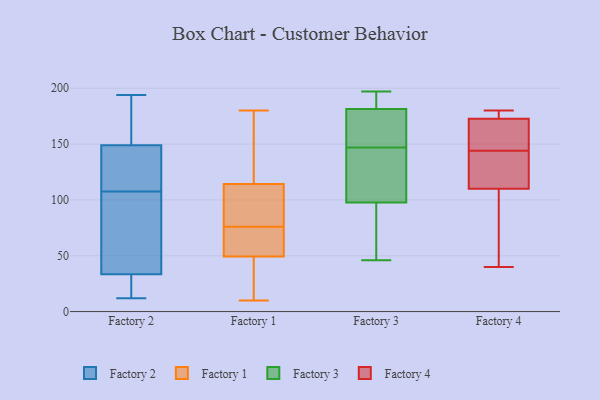
{"axis": {"x": "Website Visitors", "y": "Value"}, "legend": ["Factory 1", "Factory 2", "Factory 3", "Factory 4"], "data": [{"x": "", "y": 194, "type": "Factory 2"}, {"x": "", "y": 161, "type": "Factory 2"}, {"x": "", "y": 34, "type": "Factory 2"}, {"x": "", "y": 33, "type": "Factory 2"}, {"x": "", "y": 24, "type": "Factory 2"}, {"x": "", "y": 12, "type": "Factory 2"}, {"x": "", "y": 122, "type": "Factory 2"}, {"x": "", "y": 93, "type": "Factory 2"}, {"x": "", "y": 137, "type": "Factory 2"}, {"x": "", "y": 164, "type": "Factory 2"}, {"x": "", "y": 133, "type": "Factory 2"}, {"x": "", "y": 80, "type": "Factory 2"}, {"x": "", "y": 103, "type": "Factory 1"}, {"x": "", "y": 14, "type": "Factory 1"}, {"x": "", "y": 180, "type": "Factory 1"}, {"x": "", "y": 15, "type": "Factory 1"}, {"x": "", "y": 83, "type": "Factory 1"}, {"x": "", "y": 56, "type": "Factory 1"}, {"x": "", "y": 76, "type": "Factory 1"}, {"x": "", "y": 60, "type": "Factory 1"}, {"x": "", "y": 145, "type": "Factory 1"}, {"x": "", "y": 47, "type": "Factory 1"}, {"x": "", "y": 111, "type": "Factory 1"}, {"x": "", "y": 115, "type": "Factory 1"}, {"x": "", "y": 130, "type": "Factory 1"}, {"x": "", "y": 177, "type": "Factory 1"}, {"x": "", "y": 71, "type": "Factory 1"}, {"x": "", "y": 112, "type": "Factory 1"}, {"x": "", "y": 10, "type": "Factory 1"}, {"x": "", "y": 31, "type": "Factory 1"}, {"x": "", "y": 73, "type": "Factory 1"}, {"x": "", "y": 147, "type": "Factory 3"}, {"x": "", "y": 177, "type": "Factory 3"}, {"x": "", "y": 183, "type": "Factory 3"}, {"x": "", "y": 187, "type": "Factory 3"}, {"x": "", "y": 130, "type": "Factory 3"}, {"x": "", "y": 88, "type": "Factory 3"}, {"x": "", "y": 150, "type": "Factory 3"}, {"x": "", "y": 64, "type": "Factory 3"}, {"x": "", "y": 197, "type": "Factory 3"}, {"x": "", "y": 46, "type": "Factory 3"}, {"x": "", "y": 127, "type": "Factory 3"}, {"x": "", "y": 177, "type": "Factory 4"}, {"x": "", "y": 148, "type": "Factory 4"}, {"x": "", "y": 166, "type": "Factory 4"}, {"x": "", "y": 116, "type": "Factory 4"}, {"x": "", "y": 80, "type": "Factory 4"}, {"x": "", "y": 123, "type": "Factory 4"}, {"x": "", "y": 144, "type": "Factory 4"}, {"x": "", "y": 180, "type": "Factory 4"}, {"x": "", "y": 108, "type": "Factory 4"}, {"x": "", "y": 175, "type": "Factory 4"}, {"x": "", "y": 40, "type": "Factory 4"}]}